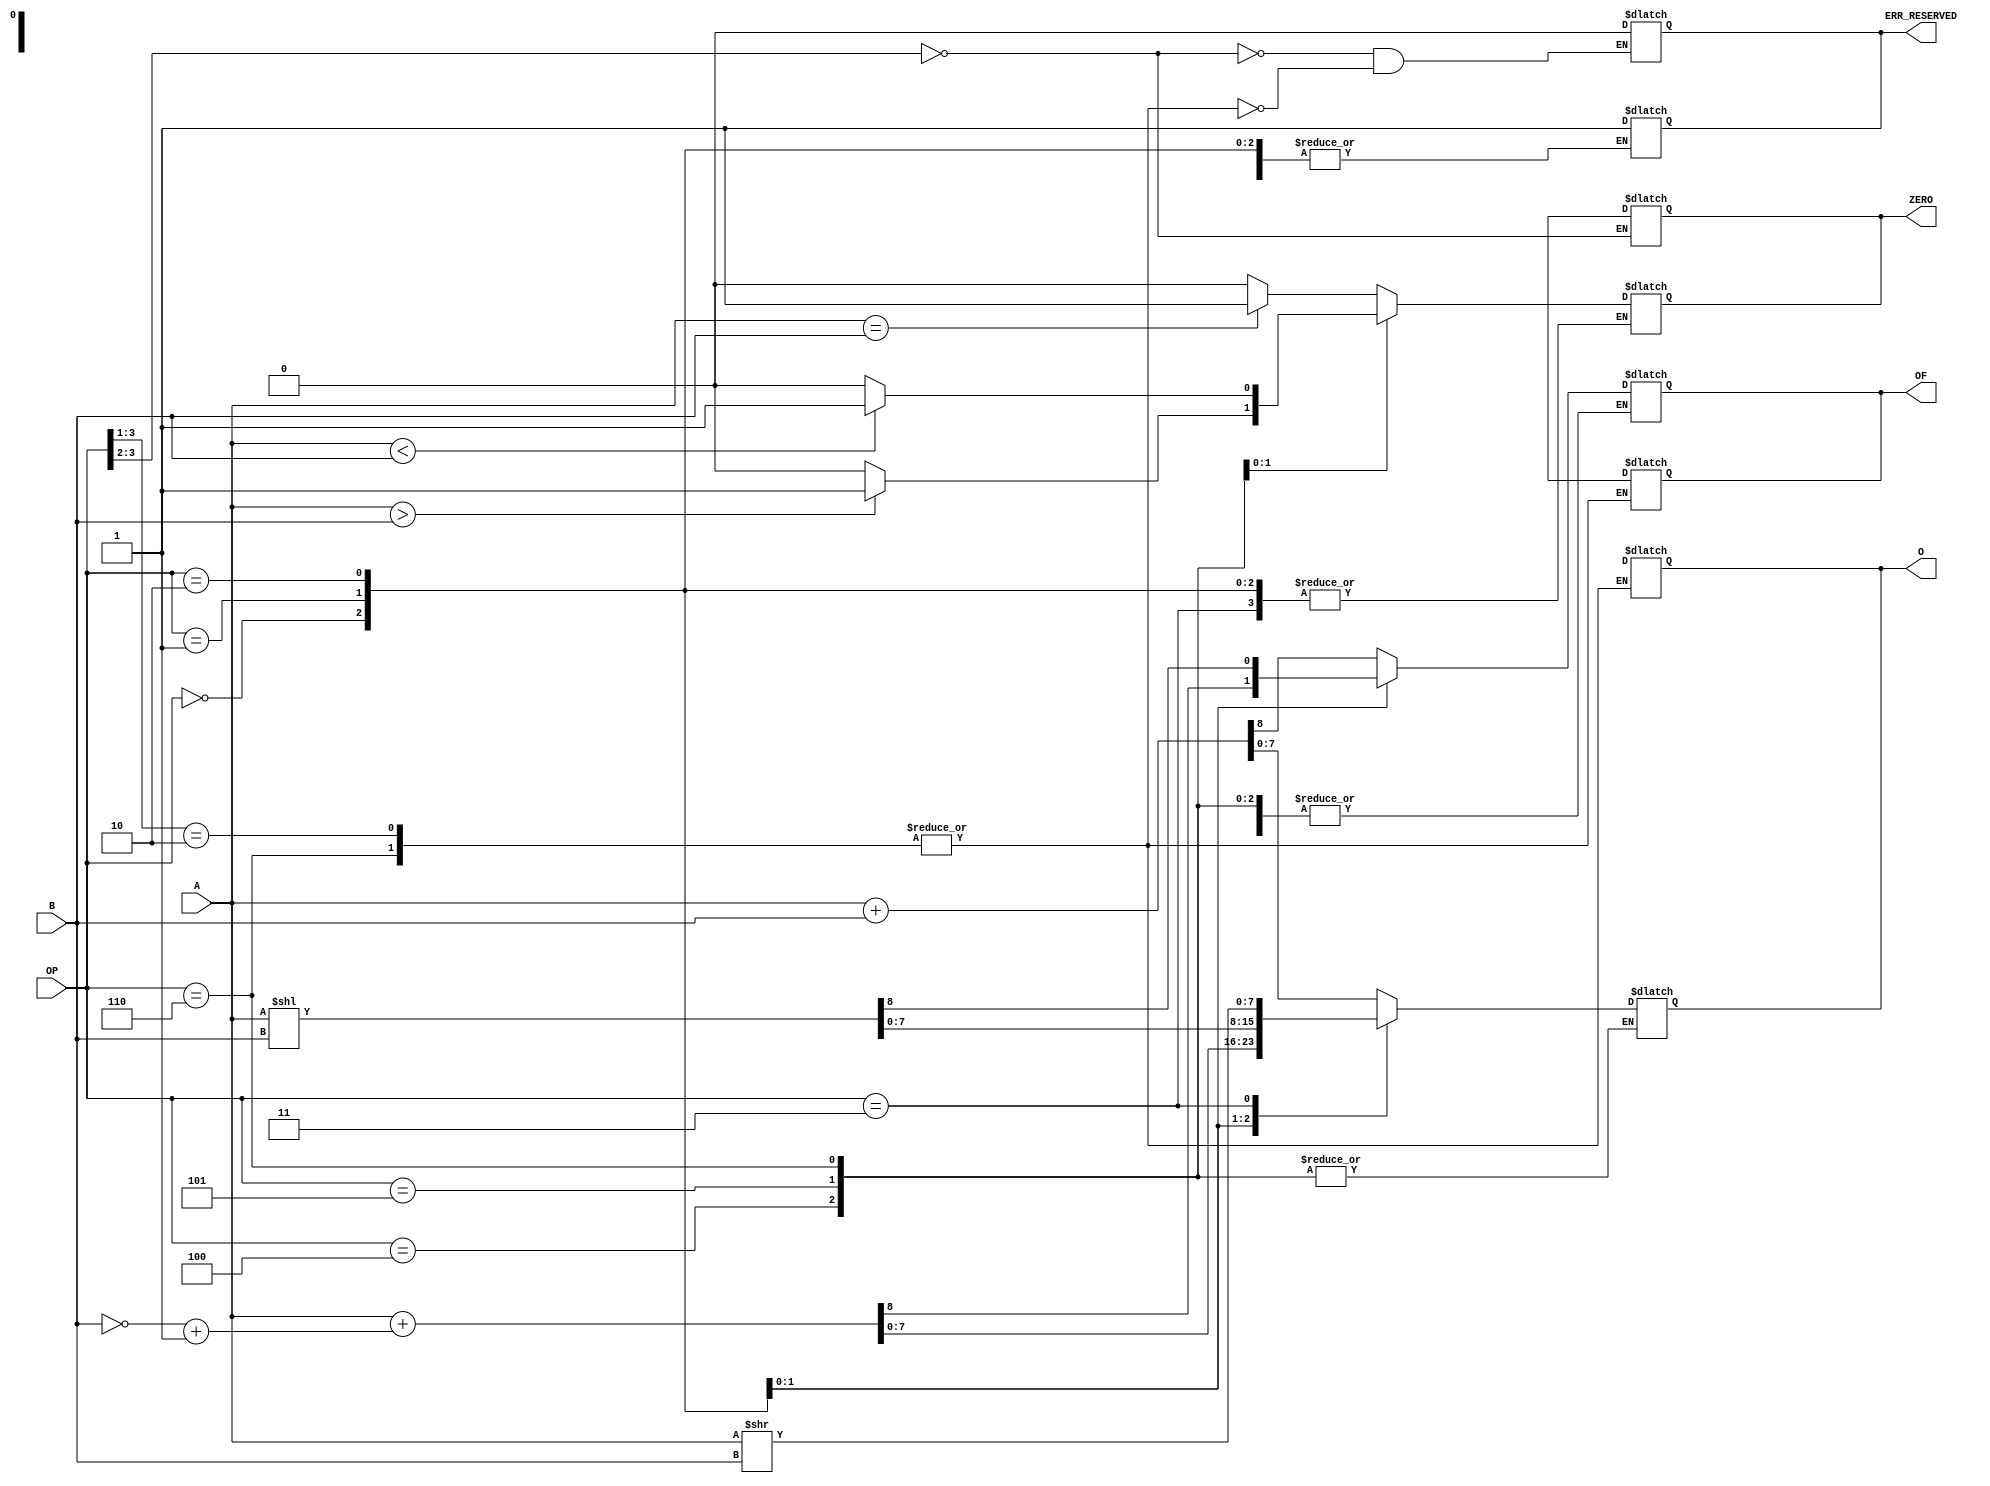
`timescale 1ns / 1ps
//////////////////////////////////////////////////////////////////////////////////
// Company: AMD
// 
// Design Name: ALU
// Module Name: top
// Project Name: Day 2 Work
// Target Devices: --//--
// Tool Versions: --//--
// Description: 
// 
// Dependencies: None
// 
// Revision: 0.01
// Revision 0.01 - File Created
// Additional Comments:
// 
//////////////////////////////////////////////////////////////////////////////////

module ALU #(parameter DATA_WIDTH = 8)(
        input [DATA_WIDTH - 1:0] A,
        input [DATA_WIDTH - 1:0] B,
        input [3:0] OP,
        output reg ERR_RESERVED,
        output reg OF, // overflow / underflow bit : if set such error happened
        output reg ZERO, // returns 1 if logical expression is true
        output reg [DATA_WIDTH - 1:0] O
    );
    
    always@(A or B or OP)
        casex(OP)
            4'b00xx: begin
                         ZERO = 1'bx;
                         ERR_RESERVED = 1'b0;
                     end
            4'b010x, 
            4'b0110: begin
                        OF = 1'bx;
                        ERR_RESERVED = 1'b0;
                        O = {DATA_WIDTH{1'bx}};
                     end
        endcase
    
    always@(A or B or OP)
        case(OP)
            4'b0000: {OF, O} = A + B;
            4'b0001: {OF, O} = A + (~B + 1); // A - B
            4'b0010: {OF, O} = A << B; // we will consider OF as CY out
            4'b0011: O = A >> B; // we could do the same here
            4'b0100: ZERO = (A == B) ? 1'b1 : 1'b0; // if we want O = {{DATA_WIDTH - 1{1'b0}}, 1'b1} : {DATA_WIDTH{1'b0}};
            4'b0101: ZERO = (A > B) ? 1'b1 : 1'b0; 
            4'b0110: ZERO = (A < B) ? 1'b1 : 1'b0;
            default:  begin
                            ERR_RESERVED = 1'b1;
                            ZERO = 1'bx;
                            OF = 1'bx;
                            O = {DATA_WIDTH{1'bx}};
                      end
        endcase
endmodule

module tb_ALU;
    parameter DATA_WIDTHt = 8; // we may modify this anytime to test with different data widths
    
    // declaration of variables to be tested in ALU
    reg [DATA_WIDTHt - 1:0] At;
    reg [DATA_WIDTHt - 1:0] Bt;
    reg [3:0] OPt;
    wire ERR_RESERVEDt;
    wire OFt;
    wire ZEROt;
    wire [DATA_WIDTHt - 1:0] Ot;
    
    // we instantiate the ALU module
    ALU dut(
        .A(At),
        .B(Bt),
        .OP(OPt),
        .ERR_RESERVED(ERR_RESERVEDt),
        .OF(OFt),
        .ZERO(ZEROt),
        .O(Ot)
        );
        
    initial
        #100 $finish; // we end the simulation after 100ns
        
    initial
        begin
            #0 At = {{DATA_WIDTHt - 8{1'b0}}, 8'b0000_0010}; Bt = {{DATA_WIDTHt - 8{1'b0}}, 8'b0000_0001};
            #10 OPt = 4'b0000; // we test the sum.
            #10 At = {{DATA_WIDTHt - 8{1'b0}}, 8'b0000_0010}; Bt = {{DATA_WIDTHt - 8{1'b0}}, 8'b0000_0100};
                OPt = 4'b0001; //we test the difference. we want to get underflow.
            #10 At = {{DATA_WIDTHt - 8{1'b0}}, 8'b0000_0010}; Bt = {{DATA_WIDTHt - 8{1'b0}}, 8'b0000_0010};
                OPt = 4'b0010; // we test shifting left (*2)
            #10 At = {{DATA_WIDTHt - 8{1'b0}}, 8'b0000_0010}; Bt = {{DATA_WIDTHt - 8{1'b0}}, 8'b0000_0001};
                OPt = 4'b0011; // we test shifting right (/2)
            #10 At = {{DATA_WIDTHt - 8{1'b0}}, 8'b0000_0010}; Bt = {{DATA_WIDTHt - 8{1'b0}}, 8'b0000_0010};
                OPt = 4'b0100; // we test equality.
            #10 At = {{DATA_WIDTHt - 8{1'b0}}, 8'b0000_0001}; Bt = {{DATA_WIDTHt - 8{1'b0}}, 8'b0000_0010};
                OPt = 4'b0101; // we test if A > B
            #10 At = {{DATA_WIDTHt - 8{1'b0}}, 8'b0000_0010}; Bt = {{DATA_WIDTHt - 8{1'b0}}, 8'b0000_0100};
                OPt = 4'b0110; // we test if A < B
            #10 OPt = 4'b0111; //  we test that ERR_RESERVED is set.
            #10 At = {{DATA_WIDTHt - 8{1'b0}}, 8'b0000_0010}; Bt = {{DATA_WIDTHt - 8{1'b0}}, 8'b0000_0001};
                OPt = 4'b0000; // we test that ERR_RESERVED is reset after a normal operation.
        end
endmodule